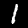
Digit: 1